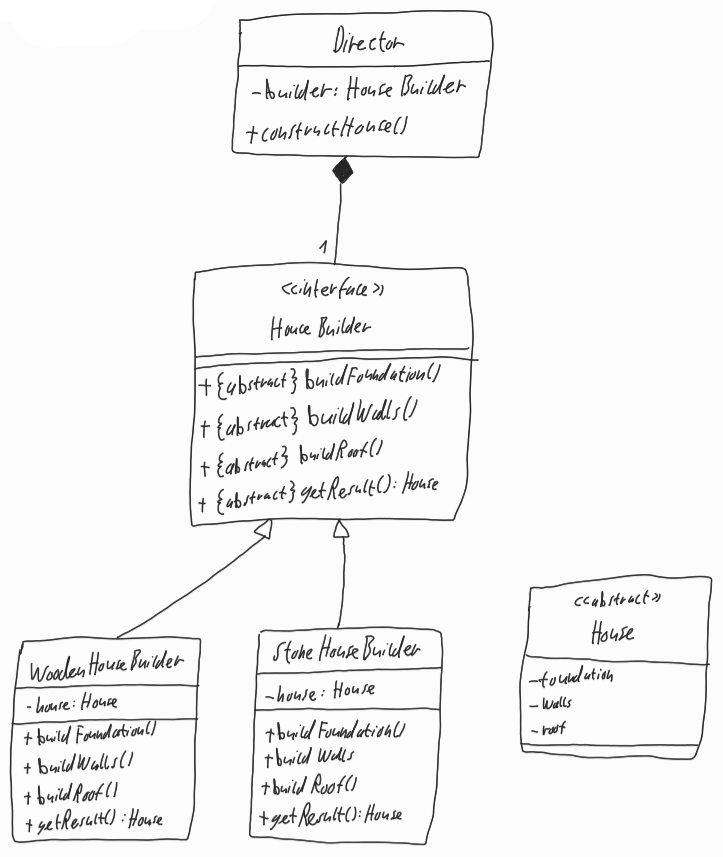
Diagram type: class_diagram
```plantuml
@startuml

class Director {
  - builder: HouseBuilder
  + constructHouse()
}

interface HouseBuilder {
  + {abstract} buildFoundation()
  + {abstract} buildWalls()
  + {abstract} buildRoof()
  + {abstract} getResult(): House
}

class WoodenHouseBuilder extends HouseBuilder {
  - house: House
  + buildFoundation()
  + buildWalls()
  + buildRoof()
  + getResult(): House
}

class StoneHouseBuilder extends HouseBuilder {
  - house: House
  + buildFoundation()
  + buildWalls()
  + buildRoof()
  + getResult(): House
}

abstract House {
  - foundation
  - walls
  - roof
}

Director *-- "1" HouseBuilder

@enduml
```